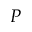
P